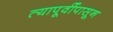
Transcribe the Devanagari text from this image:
त्यापूर्वीपासून